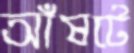
আঁষটে